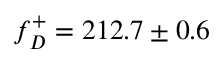
f _ { D } ^ { + } = 2 1 2 . 7 \pm 0 . 6